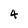
Character: 4